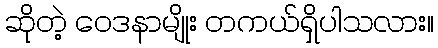
ဆိုတဲ့ ဝေဒနာမျိုး တကယ်ရှိပါသလား။